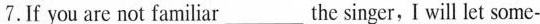
7.If you are not familiar ___ the singer, I will let some-